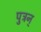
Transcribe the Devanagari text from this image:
पुत्रन्